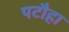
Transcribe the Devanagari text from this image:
पटौहा